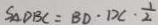
S _ { \Delta } D B C = B D \cdot D C \cdot \frac { 1 } { 2 }